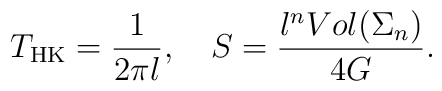
T_{\rm HK}= \frac{1}{2\pi l}, \ \ \  S =\frac{l^n Vol(\Sigma_n)}{4G}.